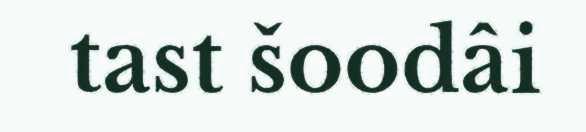
tast šoodâi